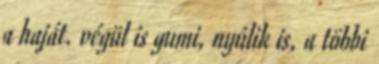
a haját. végül is gumi, nyúlik is, a többi